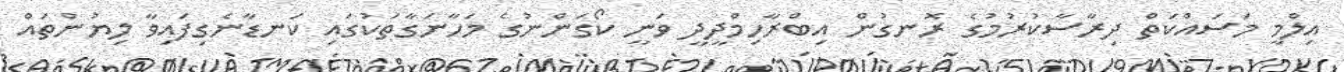
އިލްމީ މަސައްކަތް ދިރާސާކުރުމުގެ ރޮނގުން އިބްރާހިމްދީދީ ވަނީ ކޯގަންނުގެ މަހާނަގާތަކުގައި ކަނޑާނެގިފައިވާ ލިޔުންތައް